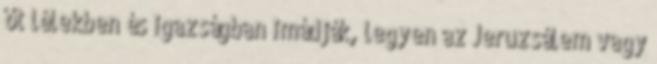
őt lélekben és igazságban imádják, legyen az Jeruzsálem vagy